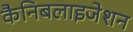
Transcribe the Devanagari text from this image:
कैनिबलाइजेशन